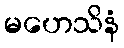
မဟေသိနံ